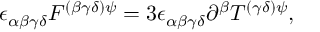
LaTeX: \epsilon _ { \alpha \beta \gamma \delta } F ^ { ( \beta \gamma \delta ) \psi } = 3 \epsilon _ { \alpha \beta \gamma \delta } \partial ^ { \beta } T ^ { ( \gamma \delta ) \psi } ,